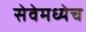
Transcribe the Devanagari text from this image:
सेवेमध्येच